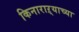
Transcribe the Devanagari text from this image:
किनाराऱ्याच्या